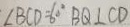
\angle B C D = 6 0 ^ { \circ } B Q \bot C D